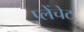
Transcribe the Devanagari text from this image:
प्लेंचेट